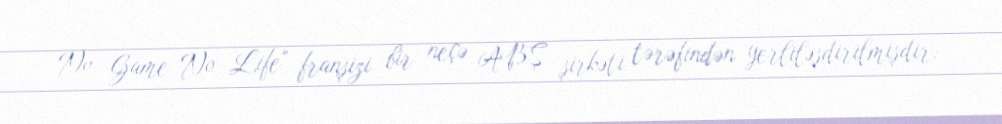
No Game No Life" franşizi bir neçə ABŞ şirkəti tərəfindən yerliləşdirilmişdir: